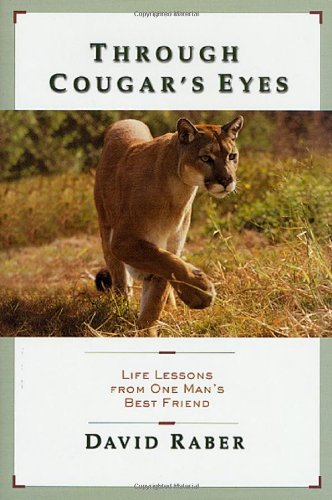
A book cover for Through Cougar's Eyes: Life Lessons From One Man's Best Friend; David Raber; Sports & Outdoors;